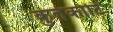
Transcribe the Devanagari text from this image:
कुर्तकोटि